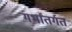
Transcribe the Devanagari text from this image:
गर्भांतर्गत